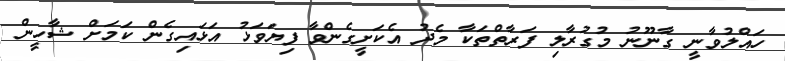
ހައްލުވާނީ ގާނޫނު މުގުރާލި ފަރާތްތަކާ މެދު އެކަށީގެންވާ ފިޔަވަޅު އަޅައިގެން ކަމަށް ޝާހީން